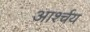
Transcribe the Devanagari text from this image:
आर्श्चय